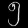
Digit: ၅